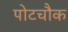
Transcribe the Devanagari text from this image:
पोटचौक